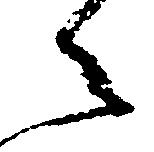
之